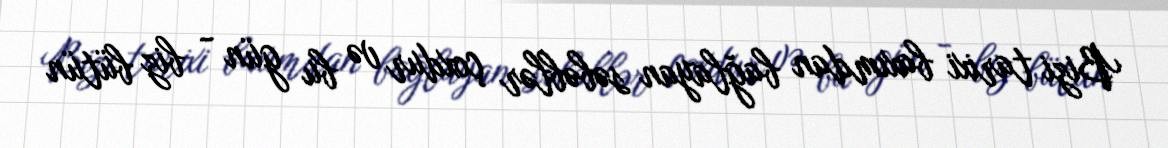
Bizi tarixi baxımdan bağlayan səbəblər çoxdur və bu gün - biz bütün